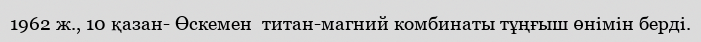
1962 ж., 10 қазан- Өскемен  титан-магний комбинаты тұңғыш өнімін берді.